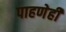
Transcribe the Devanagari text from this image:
पाहणेही